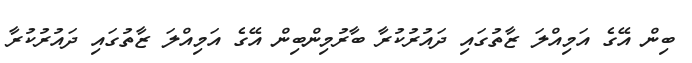
ބިން އޭގެ އަމިއްލަ ޒާތުގައި ދައުރުކުރާ ބާރުމިންބިން އޭގެ އަމިއްލަ ޒާތުގައި ދައުރުކުރާ